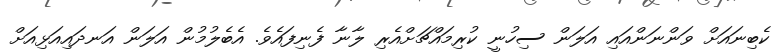
ކެބިނައަށް ވަންނަންއައި އަލަން ސިހުނީ ކުރިމައްޗަށްއެރި ލާނާ ފެނިފައެވެ. އެބެލުމުން އަލަން އަނދައިއަޅިއަށް